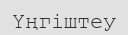
Үңгіштеу